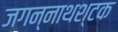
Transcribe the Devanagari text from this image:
जगन्नाथश्टक